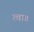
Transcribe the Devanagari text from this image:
त्वा॥